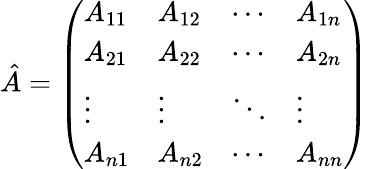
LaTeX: {\hat{A}}={\left(\begin{array}{llll}{A_{11}}&{A_{12}}&{\cdots}&{A_{1n}}\\ {A_{21}}&{A_{22}}&{\cdots}&{A_{2n}}\\ {\vdots}&{\vdots}&{\ddots}&{\vdots}\\ {A_{n1}}&{A_{n2}}&{\cdots}&{A_{nn}}\end{array}\right)}